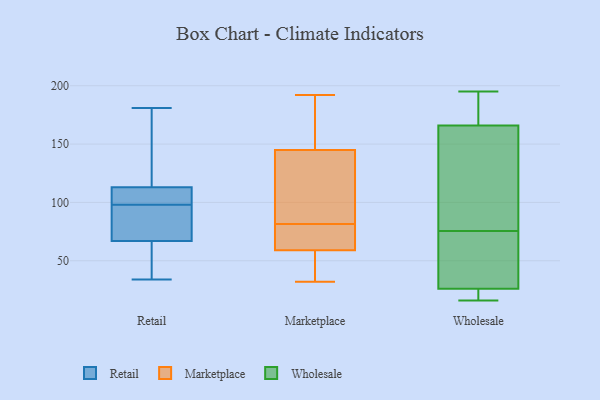
{"axis": {"x": "Website Visitors", "y": "Value"}, "legend": ["Marketplace", "Retail", "Wholesale"], "data": [{"x": "", "y": 76, "type": "Retail"}, {"x": "", "y": 34, "type": "Retail"}, {"x": "", "y": 141, "type": "Retail"}, {"x": "", "y": 107, "type": "Retail"}, {"x": "", "y": 181, "type": "Retail"}, {"x": "", "y": 67, "type": "Retail"}, {"x": "", "y": 112, "type": "Retail"}, {"x": "", "y": 48, "type": "Retail"}, {"x": "", "y": 108, "type": "Retail"}, {"x": "", "y": 72, "type": "Retail"}, {"x": "", "y": 113, "type": "Retail"}, {"x": "", "y": 128, "type": "Retail"}, {"x": "", "y": 89, "type": "Retail"}, {"x": "", "y": 46, "type": "Retail"}, {"x": "", "y": 123, "type": "Marketplace"}, {"x": "", "y": 82, "type": "Marketplace"}, {"x": "", "y": 60, "type": "Marketplace"}, {"x": "", "y": 78, "type": "Marketplace"}, {"x": "", "y": 73, "type": "Marketplace"}, {"x": "", "y": 165, "type": "Marketplace"}, {"x": "", "y": 129, "type": "Marketplace"}, {"x": "", "y": 132, "type": "Marketplace"}, {"x": "", "y": 169, "type": "Marketplace"}, {"x": "", "y": 38, "type": "Marketplace"}, {"x": "", "y": 192, "type": "Marketplace"}, {"x": "", "y": 58, "type": "Marketplace"}, {"x": "", "y": 158, "type": "Marketplace"}, {"x": "", "y": 32, "type": "Marketplace"}, {"x": "", "y": 85, "type": "Marketplace"}, {"x": "", "y": 33, "type": "Marketplace"}, {"x": "", "y": 45, "type": "Marketplace"}, {"x": "", "y": 81, "type": "Marketplace"}, {"x": "", "y": 174, "type": "Marketplace"}, {"x": "", "y": 80, "type": "Marketplace"}, {"x": "", "y": 179, "type": "Wholesale"}, {"x": "", "y": 47, "type": "Wholesale"}, {"x": "", "y": 93, "type": "Wholesale"}, {"x": "", "y": 26, "type": "Wholesale"}, {"x": "", "y": 58, "type": "Wholesale"}, {"x": "", "y": 24, "type": "Wholesale"}, {"x": "", "y": 44, "type": "Wholesale"}, {"x": "", "y": 166, "type": "Wholesale"}, {"x": "", "y": 20, "type": "Wholesale"}, {"x": "", "y": 195, "type": "Wholesale"}, {"x": "", "y": 191, "type": "Wholesale"}, {"x": "", "y": 122, "type": "Wholesale"}, {"x": "", "y": 95, "type": "Wholesale"}, {"x": "", "y": 16, "type": "Wholesale"}]}